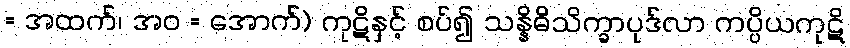
= အထက်၊ အဝ = အောက်) ကုဋိနှင့် စပ်၍ သန္နိဓိသိက္ခာပုဒ်လာ ကပ္ပိယကုဋိ